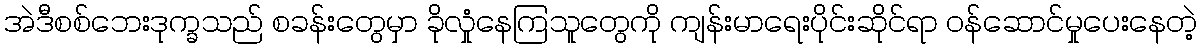
အဲဒီစစ်ဘေးဒုက္ခသည် စခန်းတွေမှာ ခိုလှုံနေကြသူတွေကို ကျန်းမာရေးပိုင်းဆိုင်ရာ ဝန်ဆောင်မှုပေးနေတဲ့